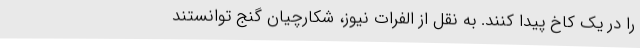
را در یک کاخ پیدا کنند. به نقل از الفرات نیوز، شکارچیان گنج توانستند